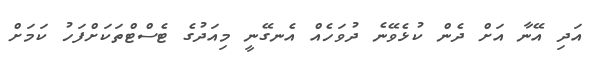
އަދި އޭނާ އަށް ދެން ކުޅެވޭނެ ދުވަހެއް އެނގޭނީ މިއަދުގެ ޓެސްޓްތަކަށްފަހު ކަމަށް